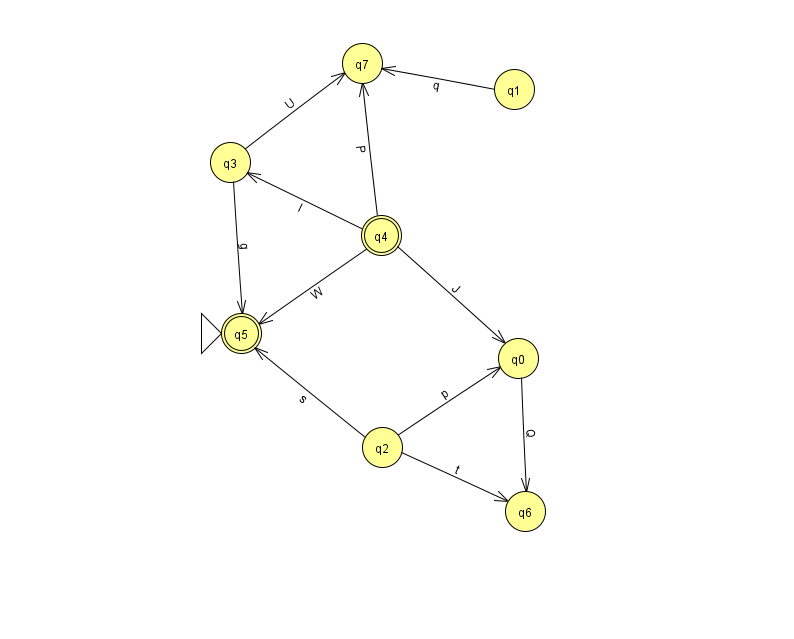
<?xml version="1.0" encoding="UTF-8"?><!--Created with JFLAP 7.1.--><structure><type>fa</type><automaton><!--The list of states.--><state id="0" name="q0"><x>518.0</x><y>345.0</y></state><state id="1" name="q1"><x>514.0</x><y>76.0</y></state><state id="2" name="q2"><x>382.0</x><y>434.0</y></state><state id="3" name="q3"><x>230.0</x><y>149.0</y></state><state id="4" name="q4"><x>381.0</x><y>222.0</y><final/></state><state id="5" name="q5"><x>241.0</x><y>320.0</y><initial/><final/></state><state id="6" name="q6"><x>525.0</x><y>498.0</y></state><state id="7" name="q7"><x>362.0</x><y>50.0</y></state><!--The list of transitions.--><transition><from>1</from><to>7</to><read>q</read></transition><transition><from>2</from><to>5</to><read>s</read></transition><transition><from>0</from><to>6</to><read>Q</read></transition><transition><from>3</from><to>5</to><read>g</read></transition><transition><from>4</from><to>7</to><read>P</read></transition><transition><from>4</from><to>3</to><read>l</read></transition><transition><from>3</from><to>7</to><read>U</read></transition><transition><from>4</from><to>0</to><read>J</read></transition><transition><from>2</from><to>0</to><read>p</read></transition><transition><from>4</from><to>5</to><read>W</read></transition><transition><from>2</from><to>6</to><read>t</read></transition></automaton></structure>